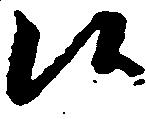
候